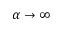
\alpha \rightarrow \infty